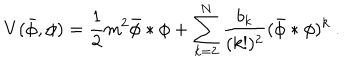
V ( \bar { \phi } , \phi ) = \frac { 1 } { 2 } m ^ { 2 } \bar { \phi } \ast \phi + \sum _ { k = 2 } ^ { N } \frac { b _ { k } } { ( k ! ) ^ { 2 } } ( \bar { \phi } \ast \phi ) ^ { k } ~ .